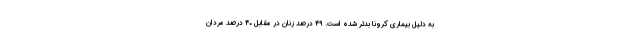
به دلیل بیماری کرونا بدتر شده است. ۴۹ درصد زنان در مقابل ۴۰ درصد مردان